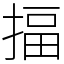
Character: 揊